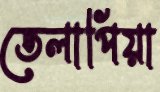
তেলাপিয়া